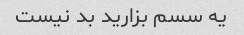
یه سسم بزارید بد نیست